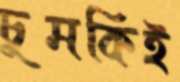
চুমকিই